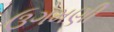
ઉગમણી